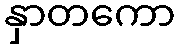
နှာတကော